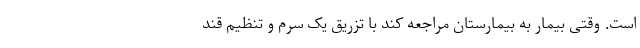
است. وقتی بیمار به بیمارستان مراجعه کند با تزریق یک سرم و تنظیم قند